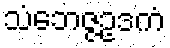
သံဘေဇ္ဇဥဒကံ